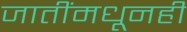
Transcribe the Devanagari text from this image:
जातींमधूनही